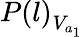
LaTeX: {P(l)}_{V_{a_{1}}}